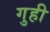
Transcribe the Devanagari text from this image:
गुही